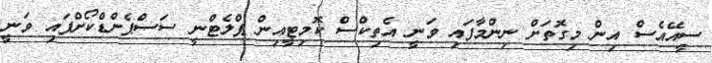
ސީއޭއެސް އިން މިގޮތަށް ނިންމާފައި ވަނީ އެތިކްސް ކޮމިޓީއިން ޕްލެޓްނީ ސަސްޕެންޑްކޯށްފައި ވަނީ